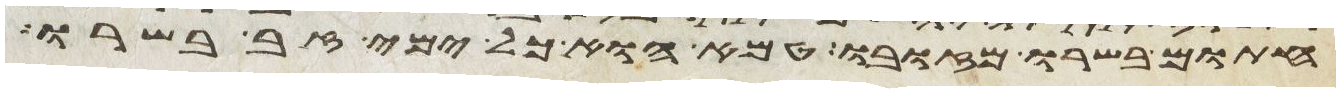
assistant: חתום בשרו מזובו טמא הוא כל ימי זב בשרו